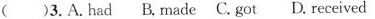
()3.A.had B.made C.got D.received